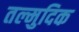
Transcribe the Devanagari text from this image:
तल्मुदिक